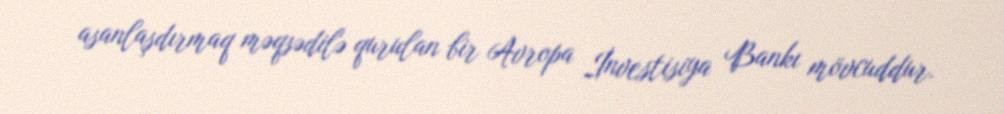
asanlaşdırmaq məqsədilə qurulan bir Avropa İnvestisiya Bankı mövcuddur.